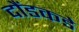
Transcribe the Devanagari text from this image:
दौंडकडे